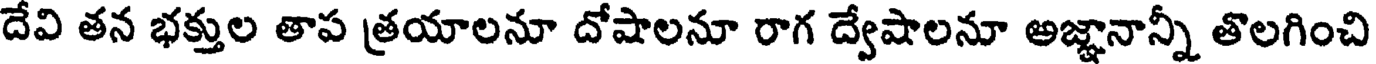
దేవి తన భక్తుల తాప త్రయాలనూ దోషాలనూ రాగ ద్వేషాలనూ అజ్ఞానాన్నీ తొలగించి